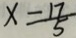
x = \frac { 1 7 } { 5 }